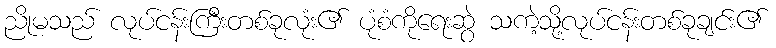
ညိုမသည် လုပ်ငန်းကြီးတစ်ခုလုံး၏ ပုံစံကိုရေးဆွဲ သကဲ့သို့လုပ်ငန်းတစ်ခုချင်း၏